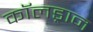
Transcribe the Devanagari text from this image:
कॉलड्रान